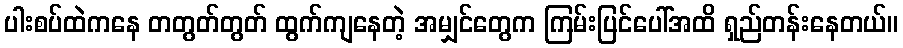
ပါးစပ်ထဲကနေ တတွတ်တွတ် ထွက်ကျနေတဲ့ အမျှင်တွေက ကြမ်းပြင်ပေါ်အထိ ရှည်တန်းနေတယ်။